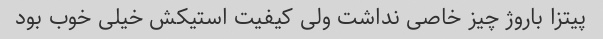
پیتزا باروژ چیز خاصی نداشت ولی کیفیت استیکش خیلی خوب بود